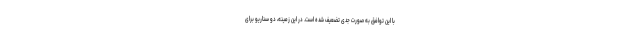
با این توافق به صورت جدی تضعیف شده است. در این زمینه، دو سناریو برای